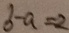
b - a = 2